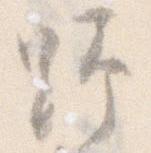
野